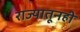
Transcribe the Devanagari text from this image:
राज्यातूनही